Report of the veterinary officer investigating camel disease
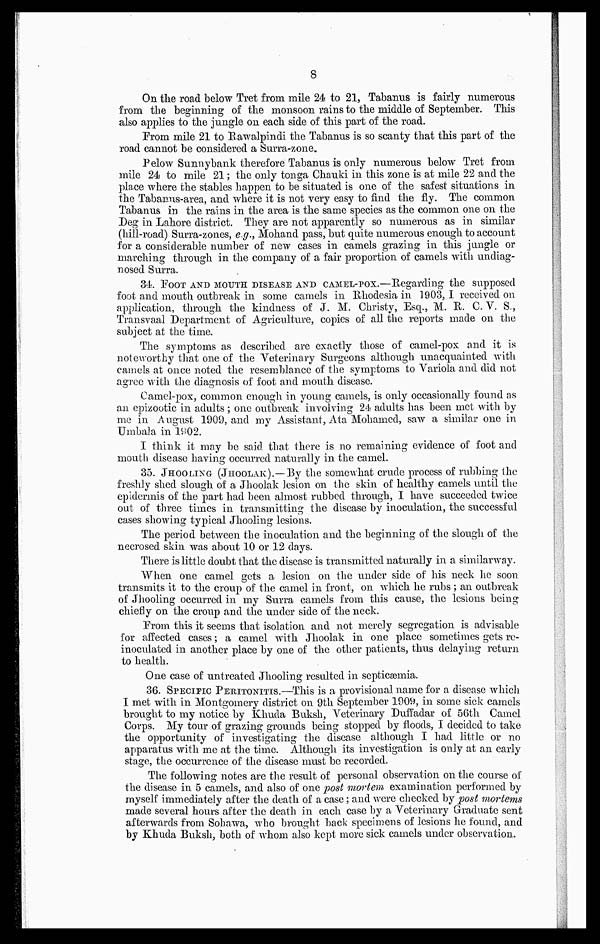
8
On the road below Tret from mile 24 to 21, Tabanus is fairly numerous
from the beginning of the monsoon rains to the middle of September. This
also applies to the jungle on each side of this part of the road.
From mile 21 to Rawalpindi the Tabanus is so scanty that this part of the
road cannot be considered a Surra-zone.
Pelow Sunnybank therefore Tabanus is only numerous below Tret from
mile 24 to mile 21 ; the only tonga Chauki in this zone is at mile 22 and the
place where the stables happen to be situated is one of the safest situations in
the Tabanns-area, and where it is not very easy to find the fly. The common
Tabanus in the rains in the area is the same species as the common one on the
Deg in Lahore district. They are not apparently so numerous as in similar
(hill-road) Surra-zones, e.g., Mohand pass, but quite numerous enough to account
for a considerable number of new cases in camels grazing in this jungle or
marching through in the company of a fair proportion of camels with undiag-
nosed Surra.
34. FOOT AND MOUTH DISEASE AND CAMEL-POX. —Regarding the supposed
foot and mouth outbreak in some camels in Rhodesia in 1903, I received on
application, through the kindness of J. M. Christy, Esq., M. R. C. V. S.,
Transvaal Department of Agriculture, copies of all the reports made on the
subject at the time.
The symptoms as described are exactly those of camel-pox and it is
noteworthy that one of the Veterinary Surgeons although unacquainted with
camels at once noted the resemblance of the symptoms to Variola and did not
agree with the diagnosis of foot and mouth disease.
Camel-pox, common enough in young camels, is only occasionally found as
an epizootic in adults ; one outbreak involving 24 adults has been met with by
me in August 1909, and my Assistant, Ata Mohamed, saw a similar one in
Umbala in 1902.
I think it may be said that there is no remaining evidence of foot and
mouth disease having occurred naturally in the camel.
35. JHOOLING (JHOOLAK).—By the somewhat crude process of rubbing the
freshly shed slough of a Jhoolak lesion on the skin of healthy camels until the
epidermis of the part had been almost rubbed through, I have succeeded twice
out of three times in transmitting the disease by inoculation, the successful
cases showing typical Jhooling lesions.
The period between the inoculation and the beginning of the slough of the
necrosed skin was about 10 or 12 days.
There is little doubt that the disease is transmitted naturally in a similarway.
When one camel gets a lesion on the under side of his neck he soon
transmits it to the croup of the camel in front, on which he rubs ; an outbreak
of Jhooling occurred in my Surra camels from this cause, the lesions being
chiefly on the croup and the under side of the neck.
From this it seems that isolation and not merely segregation is advisable
for affected cases; a camel with Jhoolak in one place sometimes gets re-
inoculated in another place by one of the other patients, thus delaying return
to health.
One case of untreated Jhooling resulted in septicaemia.
36. SPECIFIC PERITONITIS.—This is a provisional name for a disease which
I met with in Montgomery district on 9th September 1909, in some sick camels
brought to my notice by Khuda Buksh, Veterinary Duffadar of 56th Camel
Corps. My tour of grazing grounds being stopped by floods, I decided to take
the opportunity of investigating the disease although I had little or no
apparatus with me at the time. Although its investigation is only at an early
stage, the occurrence of the disease must be recorded.
The following notes are the result of personal observation on the course of
the disease in 5 camels, and also of one post mortem examination performed by
myself immediately after the death of a case ; and were checked by post mortems
made several hours after the death in each case by a Veterinary Graduate sent
afterwards from Sohawa, who brought back specimens of lesions he found, and
by Khuda Buksh, both of whom also kept more sick camels under observation.